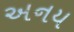
અનય